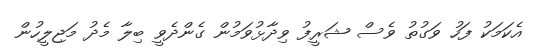
އެކަމަކު ފަހު ވަގުތު ވެސް ޝަރީފު ވިދާޅުވަމުން ގެންދެވީ ބިލާ މެދު މަޖިލީހުން